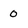
Character: O